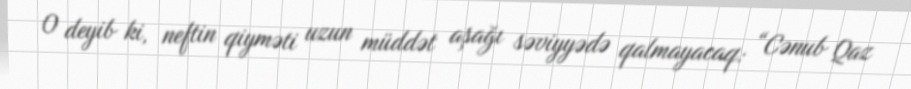
O deyib ki, neftin qiyməti uzun müddət aşağı səviyyədə qalmayacaq: “Cənub Qaz